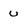
Character: u